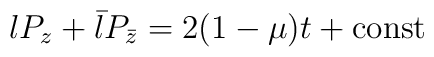
l P_z + \bar l P_{\bar z} = 2(1-\mu )t + {\rm const}